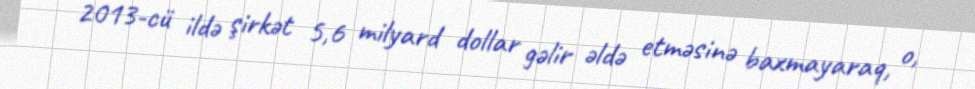
2013-cü ildə şirkət 5,6 milyard dollar gəlir əldə etməsinə baxmayaraq, o,